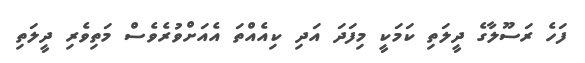
ފަހެ ރަސޫލާގެ ދީލަތި ކަމަކީ މިފަދަ އަދި ކިއެއްތަ އެއަށްވުރެވެސް މަތިވެރި ދީލަތި